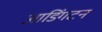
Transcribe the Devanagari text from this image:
आडिंगटन